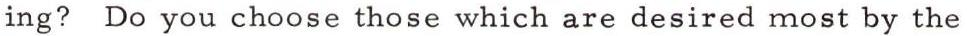
ing? Do you choose those which are desired most by the